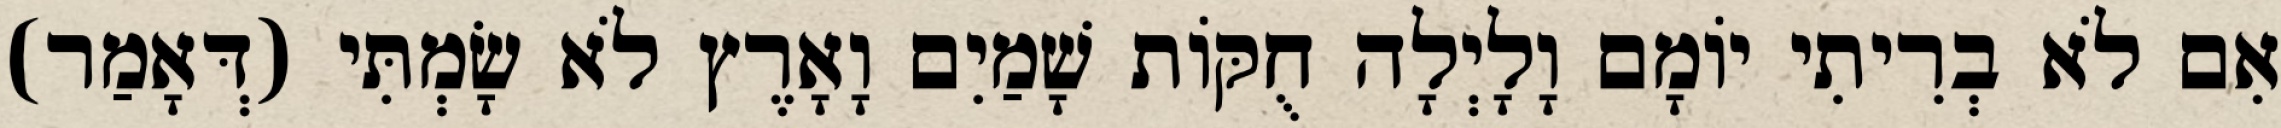
אִם לֹא בְרִיתִי יוֹמָם וָלָיְלָה חֻקּוֹת שָׁמַיִם וָאָרֶץ לֹא שָׂמְתִּי (דְּאָמַר)